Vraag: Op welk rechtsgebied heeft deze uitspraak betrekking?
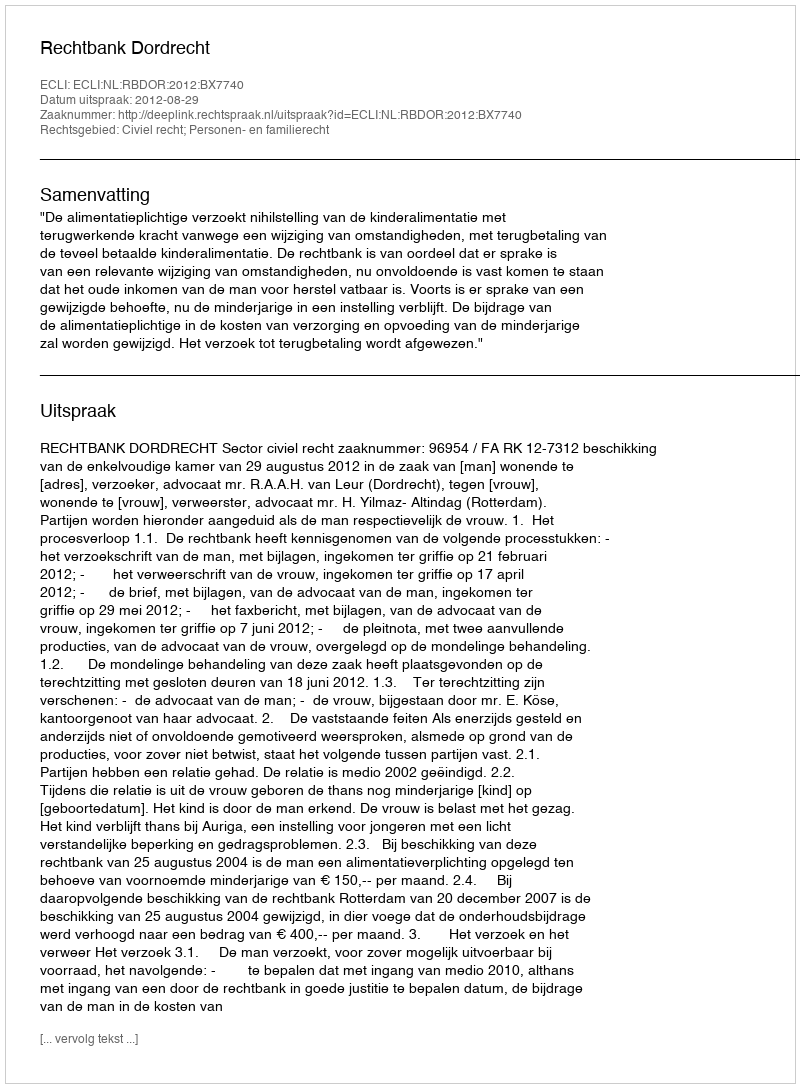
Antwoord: Civiel recht; Personen- en familierecht